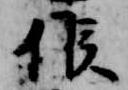
候